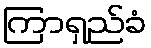
ကြာရှည်ခံ